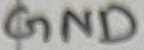
Text: GND